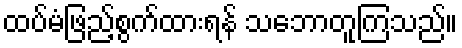
ထပ်မံဖြည့်စွက်ထားရန် သဘောတူကြသည်။